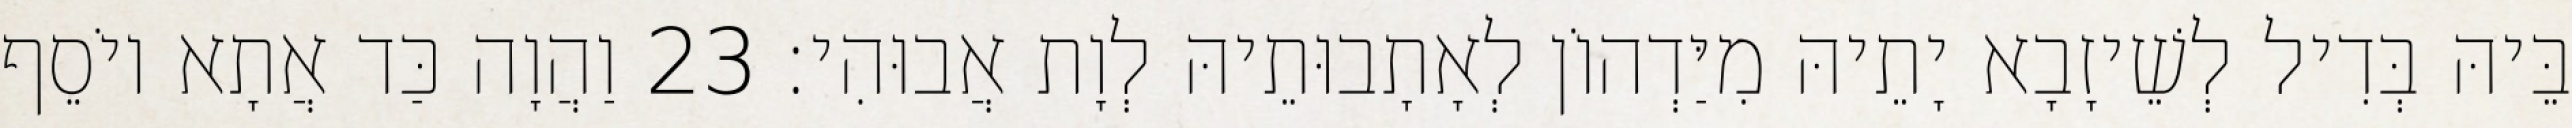
בֵּיהּ בְּדִיל לְשֵׁיזָבָא יָתֵיהּ מִיַּדְהוֹן לְאָתָבוּתֵיהּ לְוָת אֲבוּהִי׃ 23 וַהֲוָה כַּד אֲתָא יוֹסֵף